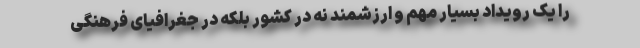
را یک رویداد بسیار مهم و ارزشمند نه در کشور بلکه در جغرافیای فرهنگی